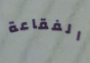
الفقاعة